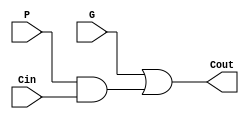
module cla_carry(Cout, G, P, Cin);
    input G, P, Cin;
    output Cout;

    wire p_cin;

    and p_and_cin(p_cin, P, Cin);
    or Cout_Calc(Cout, G, p_cin);
endmodule

module eight_bit_cla_block(S, G, P, A, B, Cin);
    input [7:0] A, B;
    input Cin;
    output G, P;
    output [7:0] S;
    wire g0, p0, g1, p1, g2, p2, g3, p3, g4, p4, g5, p5, g6, p6, g7, p7;
    wire c1, c2, c3, c4, c5, c6, c7;
    
    and g0Func(g0, A[0], B[0]);
    and g1Func(g1, A[1], B[1]);
    and g2Func(g2, A[2], B[2]);
    and g3Func(g3, A[3], B[3]);
    and g4Func(g4, A[4], B[4]);
    and g5Func(g5, A[5], B[5]);
    and g6Func(g6, A[6], B[6]);
    and g7Func(g7, A[7], B[7]);

    or p0Func(p0, A[0], B[0]);
    or p1Func(p1, A[1], B[1]);
    or p2Func(p2, A[2], B[2]);
    or p3Func(p3, A[3], B[3]);
    or p4Func(p4, A[4], B[4]);
    or p5Func(p5, A[5], B[5]);
    or p6Func(p6, A[6], B[6]);
    or p7Func(p7, A[7], B[7]);

    //cla_carry c1_calc(c1, g0, p0, Cin);
    wire c1w1;
    and c1And1(c1w1, p0, Cin);
    or c1Res(c1, g0, c1w1);

    //cla_carry c2_calc(c2, g1, p1, C1);
    wire c2w1, c2w2;
    and c2And1(c2w1, p1, g0);
    and c2And2(c2w2, p1, p0, Cin);
    or c2Res(c2, g1, c2w1, c2w2);

    //cla_carry c3_calc(c3, g2, p2, C2);
    wire c3w1, c3w2, c3w3;
    and c3And1(c3w1, p2, g1);
    and c3And2(c3w2, p2, p1, g0);
    and c3And3(c3w3, p2, p1, p0, Cin);
    or c3Res(c3, g2, c3w1, c3w2, c3w3);

    //cla_carry c4_calc(c4, g3, p3, Cin);
    wire c4w1, c4w2, c4w3, c4w4;
    and c4And1(c4w1, p3, g2);
    and c4And2(c4w2, p3, p2, g1);
    and c4And3(c4w3, p3, p2, p1, g0);
    and c4And4(c4w4, p3, p2, p1, p0, Cin);
    or c4Res(c4, g3, c4w1, c4w2, c4w3, c4w4);

    //cla_carry c5_calc(c5, g4, p4, Cin);
    wire c5w1, c5w2, c5w3, c5w4, c5w5;
    and c5And1(c5w1, p4, g3);
    and c5And2(c5w2, p4, p3, g2);
    and c5And3(c5w3, p4, p3, p2, g1);
    and c5And4(c5w4, p4, p3, p2, p1, g0);
    and c5And5(c5w5, p4, p3, p2, p1, p0, Cin);
    or c5Res(c5, g4, c5w1, c5w2, c5w3, c5w4, c5w5);

    //cla_carry c6_calc(c6, g5, p5, Cin);
    wire c6w1, c6w2, c6w3, c6w4, c6w5, c6w6;
    and c6And1(c6w1, p5, g4);
    and c6And2(c6w2, p5, p4, g3);
    and c6And3(c6w3, p5, p4, p3, g2);
    and c6And4(c6w4, p5, p4, p3, p2, g1);
    and c6And5(c6w5, p5, p4, p3, p2, p1, g0);
    and c6And6(c6w6, p5, p4, p3, p2, p1, p0, Cin);
    or c6Res(c6, g5, c6w1, c6w2, c6w3, c6w4, c6w5, c6w6);

    //cla_carry c7_calc(c7, g6, p6, Cin);
    wire c7w1, c7w2, c7w3, c7w4, c7w5, c7w6, c7w7;
    and c7And1(c7w1, p6, g5);
    and c7And2(c7w2, p6, p5, g4);
    and c7And3(c7w3, p6, p5, p4, g3);
    and c7And4(c7w4, p6, p5, p4, p3, g2);
    and c7And5(c7w5, p6, p5, p4, p3, p2, g1);
    and c7And6(c7w6, p6, p5, p4, p3, p2, p1, g0);
    and c7And7(c7w7, p6, p5, p4, p3, p2, p1, p0, Cin);
    or c7Res(c7, g6, c7w1, c7w2, c7w3, c7w4, c7w5, c7w6, c7w7);

    /*
    assign Cout[0] = Cin;
    assign Cout[1] = c1;
    assign Cout[2] = c2;
    assign Cout[3] = c3;
    assign Cout[4] = c4;
    assign Cout[5] = c5;
    assign Cout[6] = c6;
    assign Cout[7] = c7;
    */

    xor s0_calc(S[0], A[0], B[0], Cin);
    xor s1_calc(S[1], A[1], B[1], c1);
    xor s2_calc(S[2], A[2], B[2], c2);
    xor s3_calc(S[3], A[3], B[3], c3);
    xor s4_calc(S[4], A[4], B[4], c4);
    xor s5_calc(S[5], A[5], B[5], c5);
    xor s6_calc(S[6], A[6], B[6], c6);
    xor s7_calc(S[7], A[7], B[7], c7);

    and P_calc(P, p0, p1, p2, p3, p4, p5, p6, p7);

    wire g0And, g1And, g2And, g3And, g4And, g5And, g6And;

    and g6AndCalc(g6And, p7, g6);
    and g5AndCalc(g5And, p7, p6, g5);
    and g4AndCalc(g4And, p7, p6, p5, g4);
    and g3AndCalc(g3And, p7, p6, p5, p4, g3);
    and g2AndCalc(g2And, p7, p6, p5, p4, p3, g2);
    and g1AndCalc(g1And, p7, p6, p5, p4, p3, p2, g1);
    and g0AndCalc(g0And, p7, p6, p5, p4, p3, p2, p1, g0);
    or G_calc(G, g7, g6And, g5And, g4And, g3And, g2And, g1And, g0And);
endmodule

module cla_adder(S, Cout, A, B, Cin);
    input [31:0] A, B;
    input Cin;
    output [31:0] S;
    output Cout;

    wire g0, p0, g1, p1, g2, p2, g3, p3;
    wire c8, c16, c24, c32;

    eight_bit_cla_block block0(S[7:0], g0, p0, A[7:0], B[7:0], Cin);

    wire c8w1;
    and c8And1(c8w1, p0, Cin);
    or c8Res(c8, c8w1, g0);

    eight_bit_cla_block block1(S[15:8], g1, p1, A[15:8], B[15:8], c8);

    wire c16w1, c16w2;
    and c16And1(c16w1, p1, g0);
    and c16And2(c16w2, p1, p0, Cin);
    or c16Res(c16, c16w1, c16w2, g1);

    eight_bit_cla_block block2(S[23:16], g2, p2, A[23:16], B[23:16], c16);

    wire c24w1, c24w2, c24w3;
    and c24And1(c24w1, p2, g1);
    and c24And2(c24w2, p2, p1, g0);
    and c24And3(c24w3, p2, p1, p0, Cin);
    or c24Res(c24, c24w1, c24w2, c24w3, g2);

    eight_bit_cla_block block3(S[31:24], g3, p3, A[31:24], B[31:24], c24);

    wire c32w1, c32w2, c32w3, c32w4;
    and c32And1(c32w1, p3, g2);
    and c32And2(c32w2, p3, p2, g1);
    and c32And3(c32w3, p3, p2, p1, g0);
    and c32And4(c32w4, p3, p2, p1, p0, Cin);
    or c32Res(Cout, c32w1, c32w2, c32w3, c32w4, g3);
endmodule